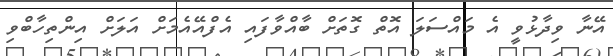
އޭނާ ވިދާޅުވީ އެ މައްސަލަ އޮތް ގޮތަށް ބާއްވާފައި އެފްއޭއެމަށް އަލަށް އިންތިހާބްވި